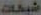
شبكة